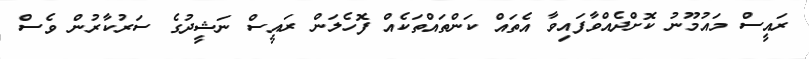
ރައީސް މައުމޫނު ކޮށްދެއްވާފައިވާ އެތައް ކަންތައްތަކެއް ފޮހެލަން ރައީސް ނަޝީދުގެ ސަރުކާރުން ވެސް